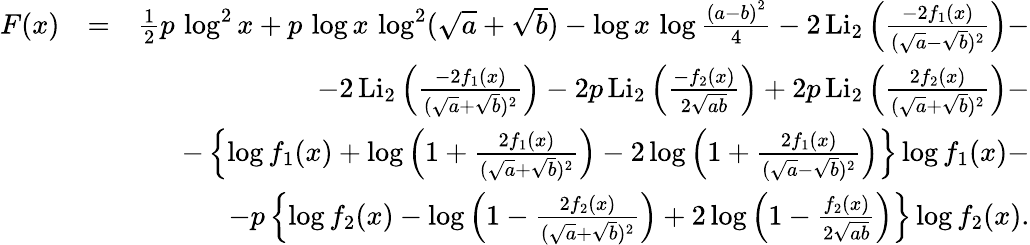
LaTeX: \begin{array}{rlr}{F(x)}&{=}&{\frac{1}{2}p\, \log^{2}x+p\, \log x\, \log^{2}(\sqrt{a}+\sqrt{b})-\log x\, \log\frac{\left(a-b\right)^{2}}{4}-2\, \mathrm{Li}_{2}\left(\frac{-2f_{1}(x)}{(\sqrt{a}-\sqrt{b})^{2}}\right)-}\\ &{}&{-2\, \mathrm{Li}_{2}\left(\frac{-2f_{1}(x)}{(\sqrt{a}+\sqrt{b})^{2}}\right)-2p\, \mathrm{Li}_{2}\left(\frac{-f_{2}(x)}{2\sqrt{ab}}\right)+2p\, \mathrm{Li}_{2}\left(\frac{2f_{2}(x)}{(\sqrt{a}+\sqrt{b})^{2}}\right)-}\\ &{}&{-\left\{ \log f_{1}(x)+\log\left(1+\frac{2f_{1}(x)}{(\sqrt{a}+\sqrt{b})^{2}}\right)-2\log\left(1+\frac{2f_{1}(x)}{(\sqrt{a}-\sqrt{b})^{2}}\right)\right\} \log f_{1}(x)-}\\ &{}&{-p\left\{ \log f_{2}(x)-\log\left(1-\frac{2f_{2}(x)}{(\sqrt{a}+\sqrt{b})^{2}}\right)+2\log\left(1-\frac{f_{2}(x)}{2\sqrt{ab}}\right)\right\} \log f_{2}(x).}\end{array}